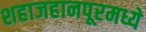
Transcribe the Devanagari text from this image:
शहाजहानपूरमध्ये